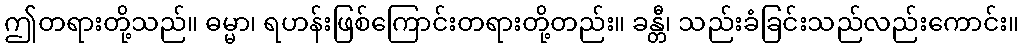
ဤတရားတို့သည်။ ဓမ္မာ၊ ရဟန်းဖြစ်ကြောင်းတရားတို့တည်း။ ခန္တီ၊ သည်းခံခြင်းသည်လည်းကောင်း။